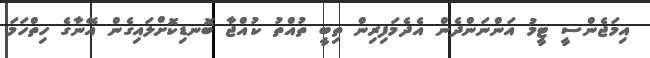
އިމަޖެންސީ ޓީމު އަންނަންދެން އެދެމަފިރިން ތިބީ ތުއްތު ކުއްޖާ ބޮނޑިކޮށްލައިގެން އޭނާގެ ހިތްހަމަ